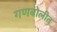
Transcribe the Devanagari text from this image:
गणबोलीत